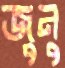
জুনু